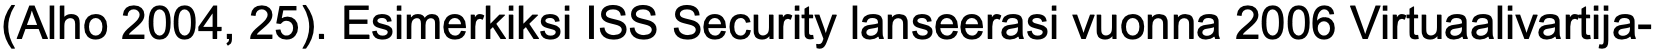
(Alho 2004, 25). Esimerkiksi ISS Security lanseerasi vuonna 2006 Virtuaalivartija-